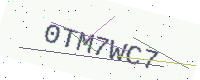
Text: 0TM7WC7